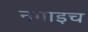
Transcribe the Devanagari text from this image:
नगाइच